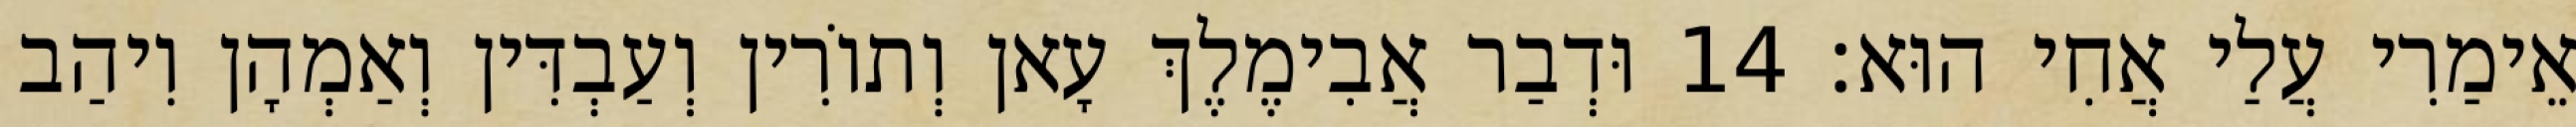
אֵימַרִי עֲלַי אֲחִי הוּא׃ 14 וּדְבַר אֲבִימֶלֶךְ עָאן וְתוֹרִין וְעַבְדִּין וְאַמְהָן וִיהַב